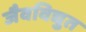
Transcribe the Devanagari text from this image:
जैवविद्युत